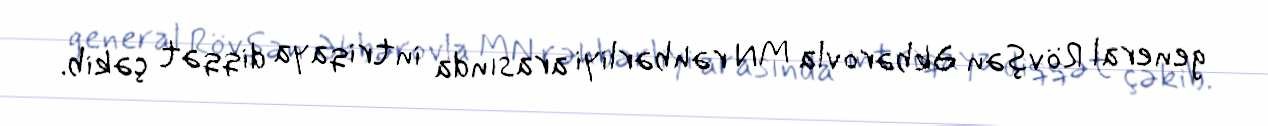
general Rövşən Əkbərovla MN rəhbərliyi arasında intriqaya diqqət çəkib.